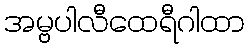
အမ္ဗပါလီထေရီဂါထာ